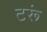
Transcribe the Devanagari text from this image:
टरूं